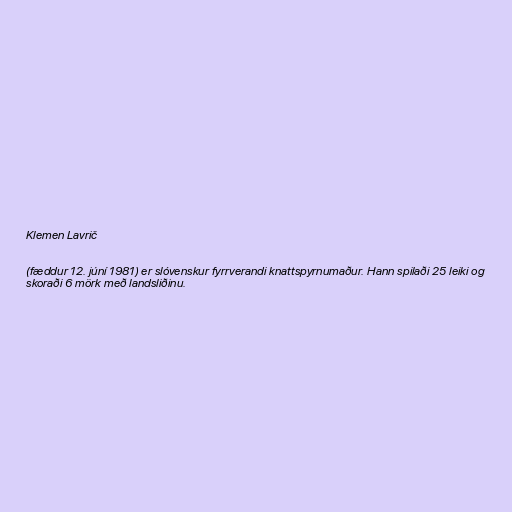
Klemen Lavrič

(fæddur 12. júní 1981) er slóvenskur fyrrverandi knattspyrnumaður. Hann spilaði 25 leiki og
skoraði 6 mörk með landsliðinu.